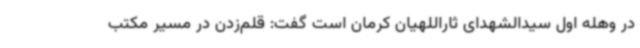
در وهله اول سیدالشهدای ثاراللهیان کرمان است گفت: قلم‌زدن در مسیر مکتب